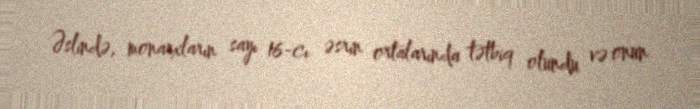
Əslində, monarxların sayı 16-cı əsrin ortalarında tətbiq olundu və onun